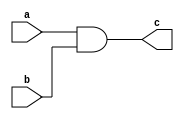
module gate_level(a,b,c);
  input a,b;
  output c;
  and(c,a,b);
endmodule